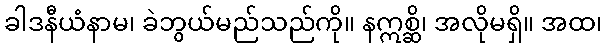
ခါဒနီယံနာမ၊ ခဲဘွယ်မည်သည်ကို။ နဣစ္ဆိ၊ အလိုမရှိ။ အထ၊